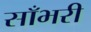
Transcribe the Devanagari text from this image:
साँभरी